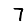
Digit: 7